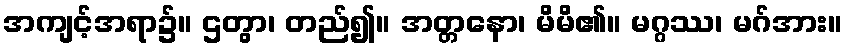
အကျင့်အရာ၌။ ဌတွာ၊ တည်၍။ အတ္တနော၊ မိမိ၏။ မဂ္ဂဿ၊ မဂ်အား။